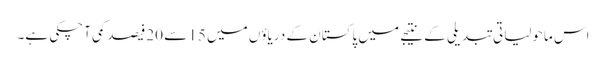
اس ماحولیاتی تبدیلی کے نتیجے میں پاکستان کے دریاؤں میں 15 سے 20فیصد کمی آچکی ہے۔